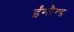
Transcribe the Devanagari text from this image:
ईंग्लैण्ड